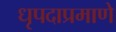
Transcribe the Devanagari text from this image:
धृपदाप्रमाणे